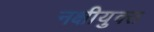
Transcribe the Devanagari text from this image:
नक्षीयुक्त